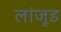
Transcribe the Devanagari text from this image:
लांजूड